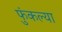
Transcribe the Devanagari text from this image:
फुंकल्या